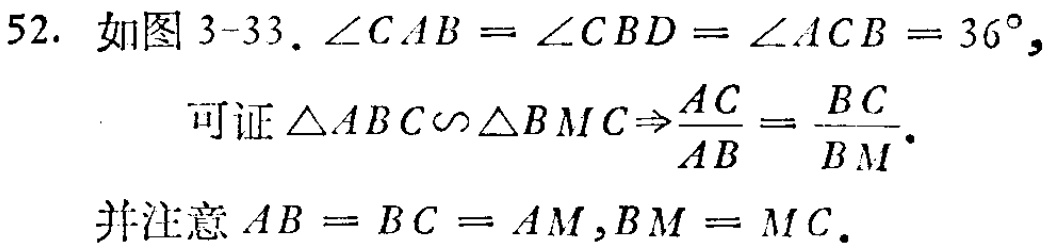
52. 如图 3-33. $\angle CAB = \angle CBD = \angle ACB = 36^{\circ},$
    可证 $\triangle ABC\sim\triangle BMC\Rightarrow\frac{AC}{AB}=\frac{BC}{BM}.$
并注意 $AB = BC = AM,BM = MC.$